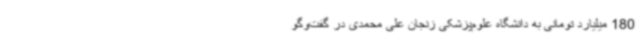
180 میلیارد تومانی به دانشگاه علوم‌پزشکی زنجان علی محمدی در گفت‌وگو